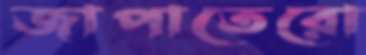
জাপাতেরো